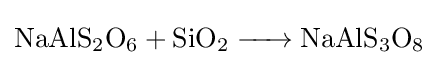
{\ce {NaAlS2O6 + SiO2 -> NaAlS3O8}}